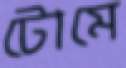
টোমে